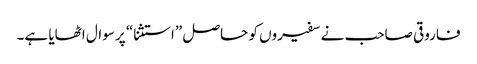
فاروقی صاحب نے سفیروں کو حاصل ”استثنا“ پر سوال اٹھایا ہے۔